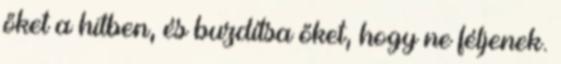
őket a hitben, és buzdítsa őket, hogy ne féljenek.